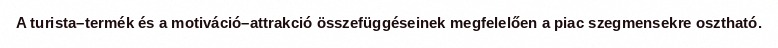
A turista–termék és a motiváció–attrakció összefüggéseinek megfelelően a piac szegmensekre osztható.